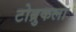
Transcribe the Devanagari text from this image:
टोब्रुकला